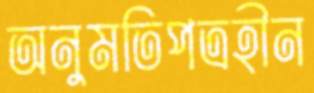
অনুমতিপত্রহীন